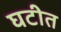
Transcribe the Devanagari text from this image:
घटीत